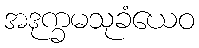
အဒုက္ခမသုခံယေဝ